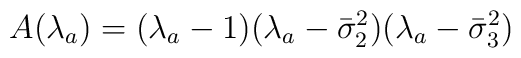
A(\lambda_a)=(\lambda_a-1)(\lambda_a-\bar{\sigma}_2^2)(\lambda_a-\bar{\sigma}_3^2)